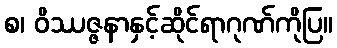
စ၊ ဝိဿဇ္ဇနာနှင့်ဆိုင်ရာဂုဏ်ကိုပြ။